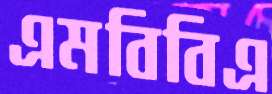
এমবিবিএ